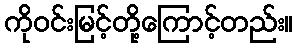
ကိုဝင်းမြင့်တို့ကြောင့်တည်း။